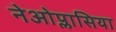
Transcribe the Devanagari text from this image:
नेओप्लासिया